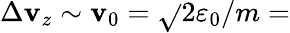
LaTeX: \Delta\mathbf{v}_{z}\sim\mathbf{v}_{0}=\sqrt{}{{2\varepsilon_{0}/m}}=